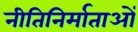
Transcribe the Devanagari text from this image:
नीतिनिर्माताओं